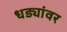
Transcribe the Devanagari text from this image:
धड्यांवर